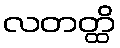
လတတ္ထိ